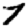
Digit: 7